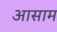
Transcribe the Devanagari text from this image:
अासाम